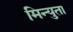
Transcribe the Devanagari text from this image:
मिन्युता